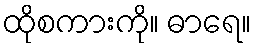
ထိုစကားကို။ ဓာရေ။